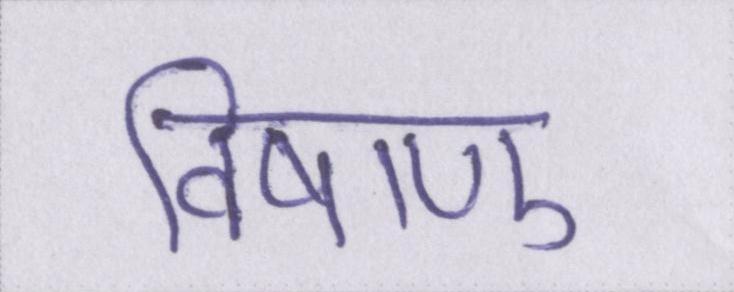
विषाणु